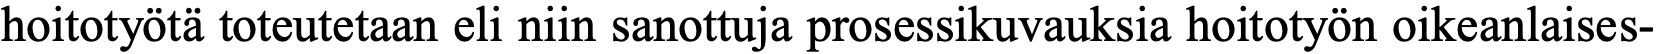
hoitotyötä toteutetaan eli niin sanottuja prosessikuvauksia hoitotyön oikeanlaises-